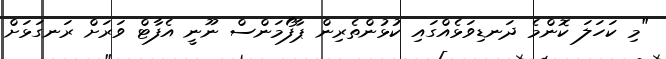
"މި ކަހަލަ ކޮންމެ ދަނޑިވަޅެއްގައި ކުޅުންތެރިން ޕާފޯމަންސް ނޫނީ އެފާޓް ވަރަށް ރަނގަޅަށް